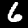
Digit: 6